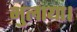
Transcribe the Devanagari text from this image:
भुलाया।